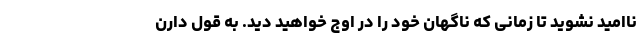
ناامید نشوید تا زمانی که ناگهان خود را در اوج خواهید دید. به قول دارن